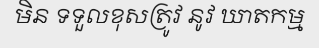
មិន ទទួលខុសត្រូវ នូវ ឃាតកម្ម